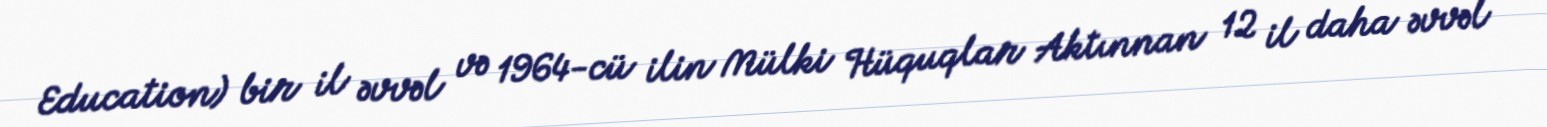
Education) bir il əvvəl və 1964-cü ilin Mülki Hüquqlar Aktınnan 12 il daha əvvəl